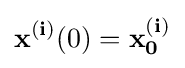
\mathbf {x^{(i)}} (0)=\mathbf {x_{0}^{(i)}}